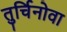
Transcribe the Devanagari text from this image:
तुर्चिनोवा